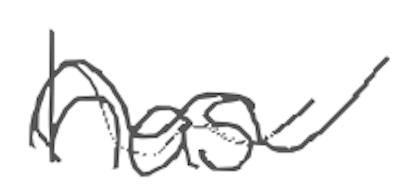
Text: has
Cross-out: mix
Writing tool: digital_gray